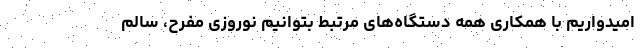
امیدواریم با همکاری همه دستگاه‌های مرتبط بتوانیم نوروزی مفرح، سالم